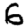
Digit: 6